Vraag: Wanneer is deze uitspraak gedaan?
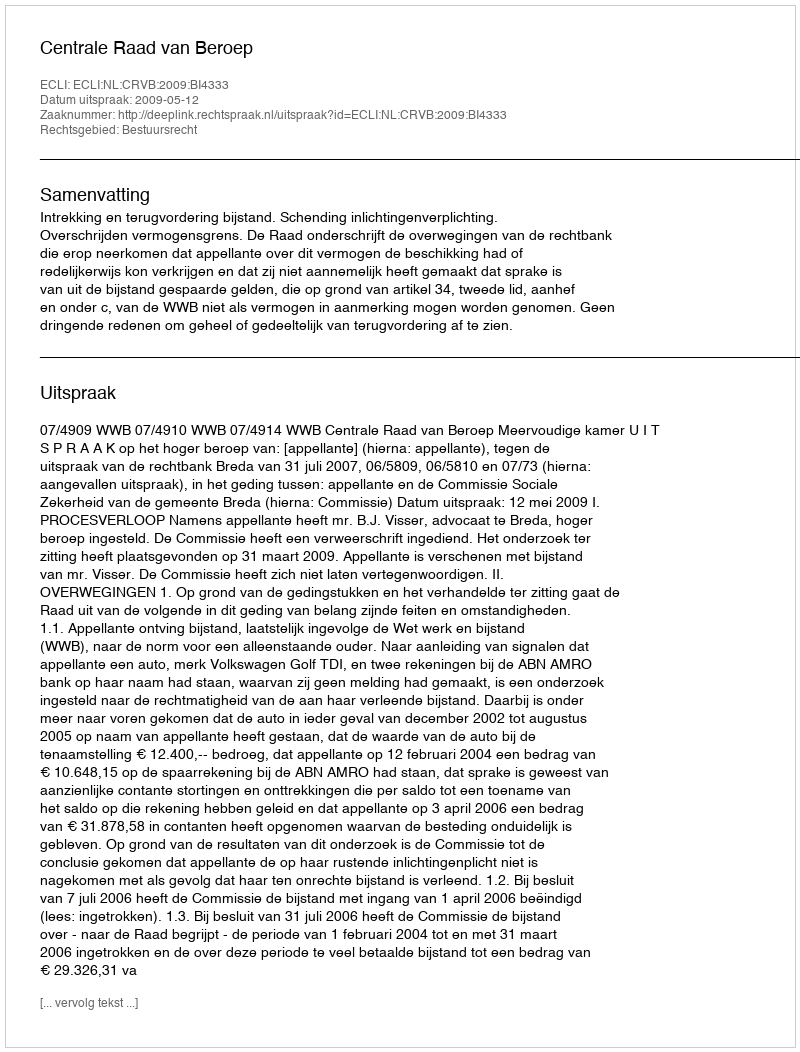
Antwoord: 2009-05-12